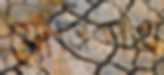
যোনিপথ